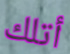
أتلك